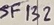
Text: SF132